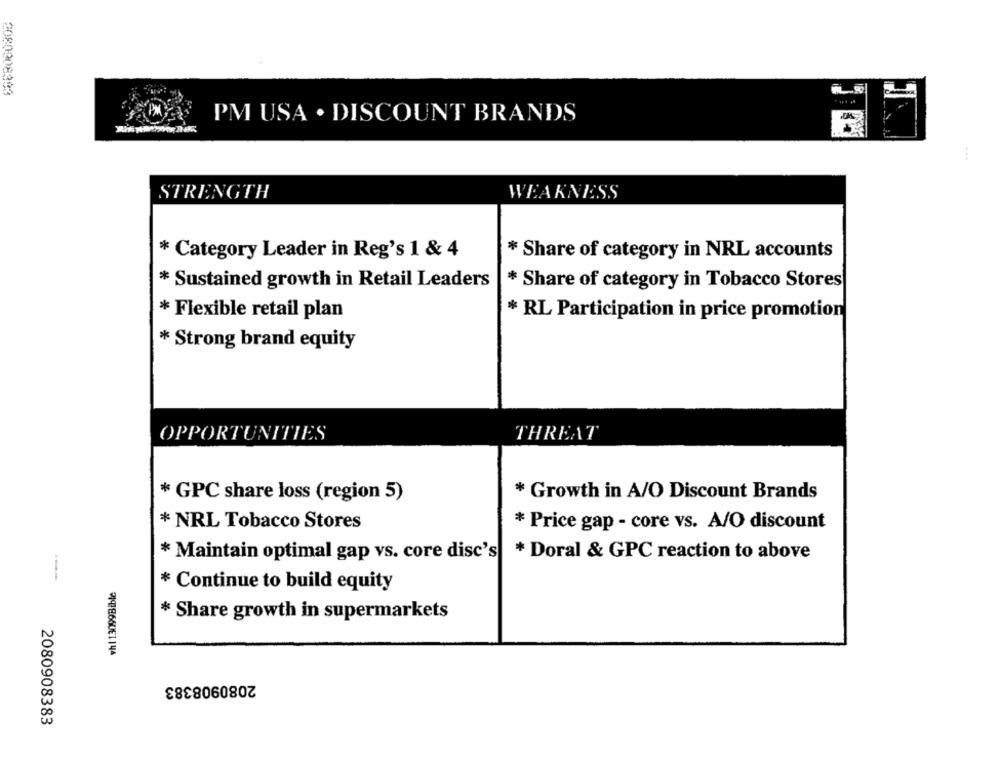
2080008393
PM USA . DISCOUNT BRANDS
STRENGTH
WEAKNESS
* Category Leader in Reg's 1 & 4
* Share of category in NRL accounts
* Sustained growth in Retail Leaders
* Share of category in Tobacco Stores
* Flexible retail plan
* RL Participation in price promotion
* Strong brand equity
OPPORTUNITIES
THREAT
* GPC share loss (region 5)
* Growth in A/O Discount Brands
* NRL Tobacco Stores
* Price gap - core vs. A/O discount
* Doral & GPC reaction to above
* Maintain optimal gap vs. core disc's
vh1 13099Bible
* Continue to build equity
* Share growth in supermarkets
2080908383
2080908383